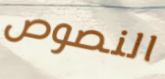
النصوص